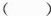
()